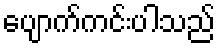
ပျောက်ကင်းပါသည်